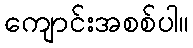
ကျောင်းအစစ်ပါ။